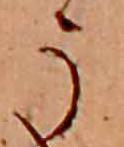
う